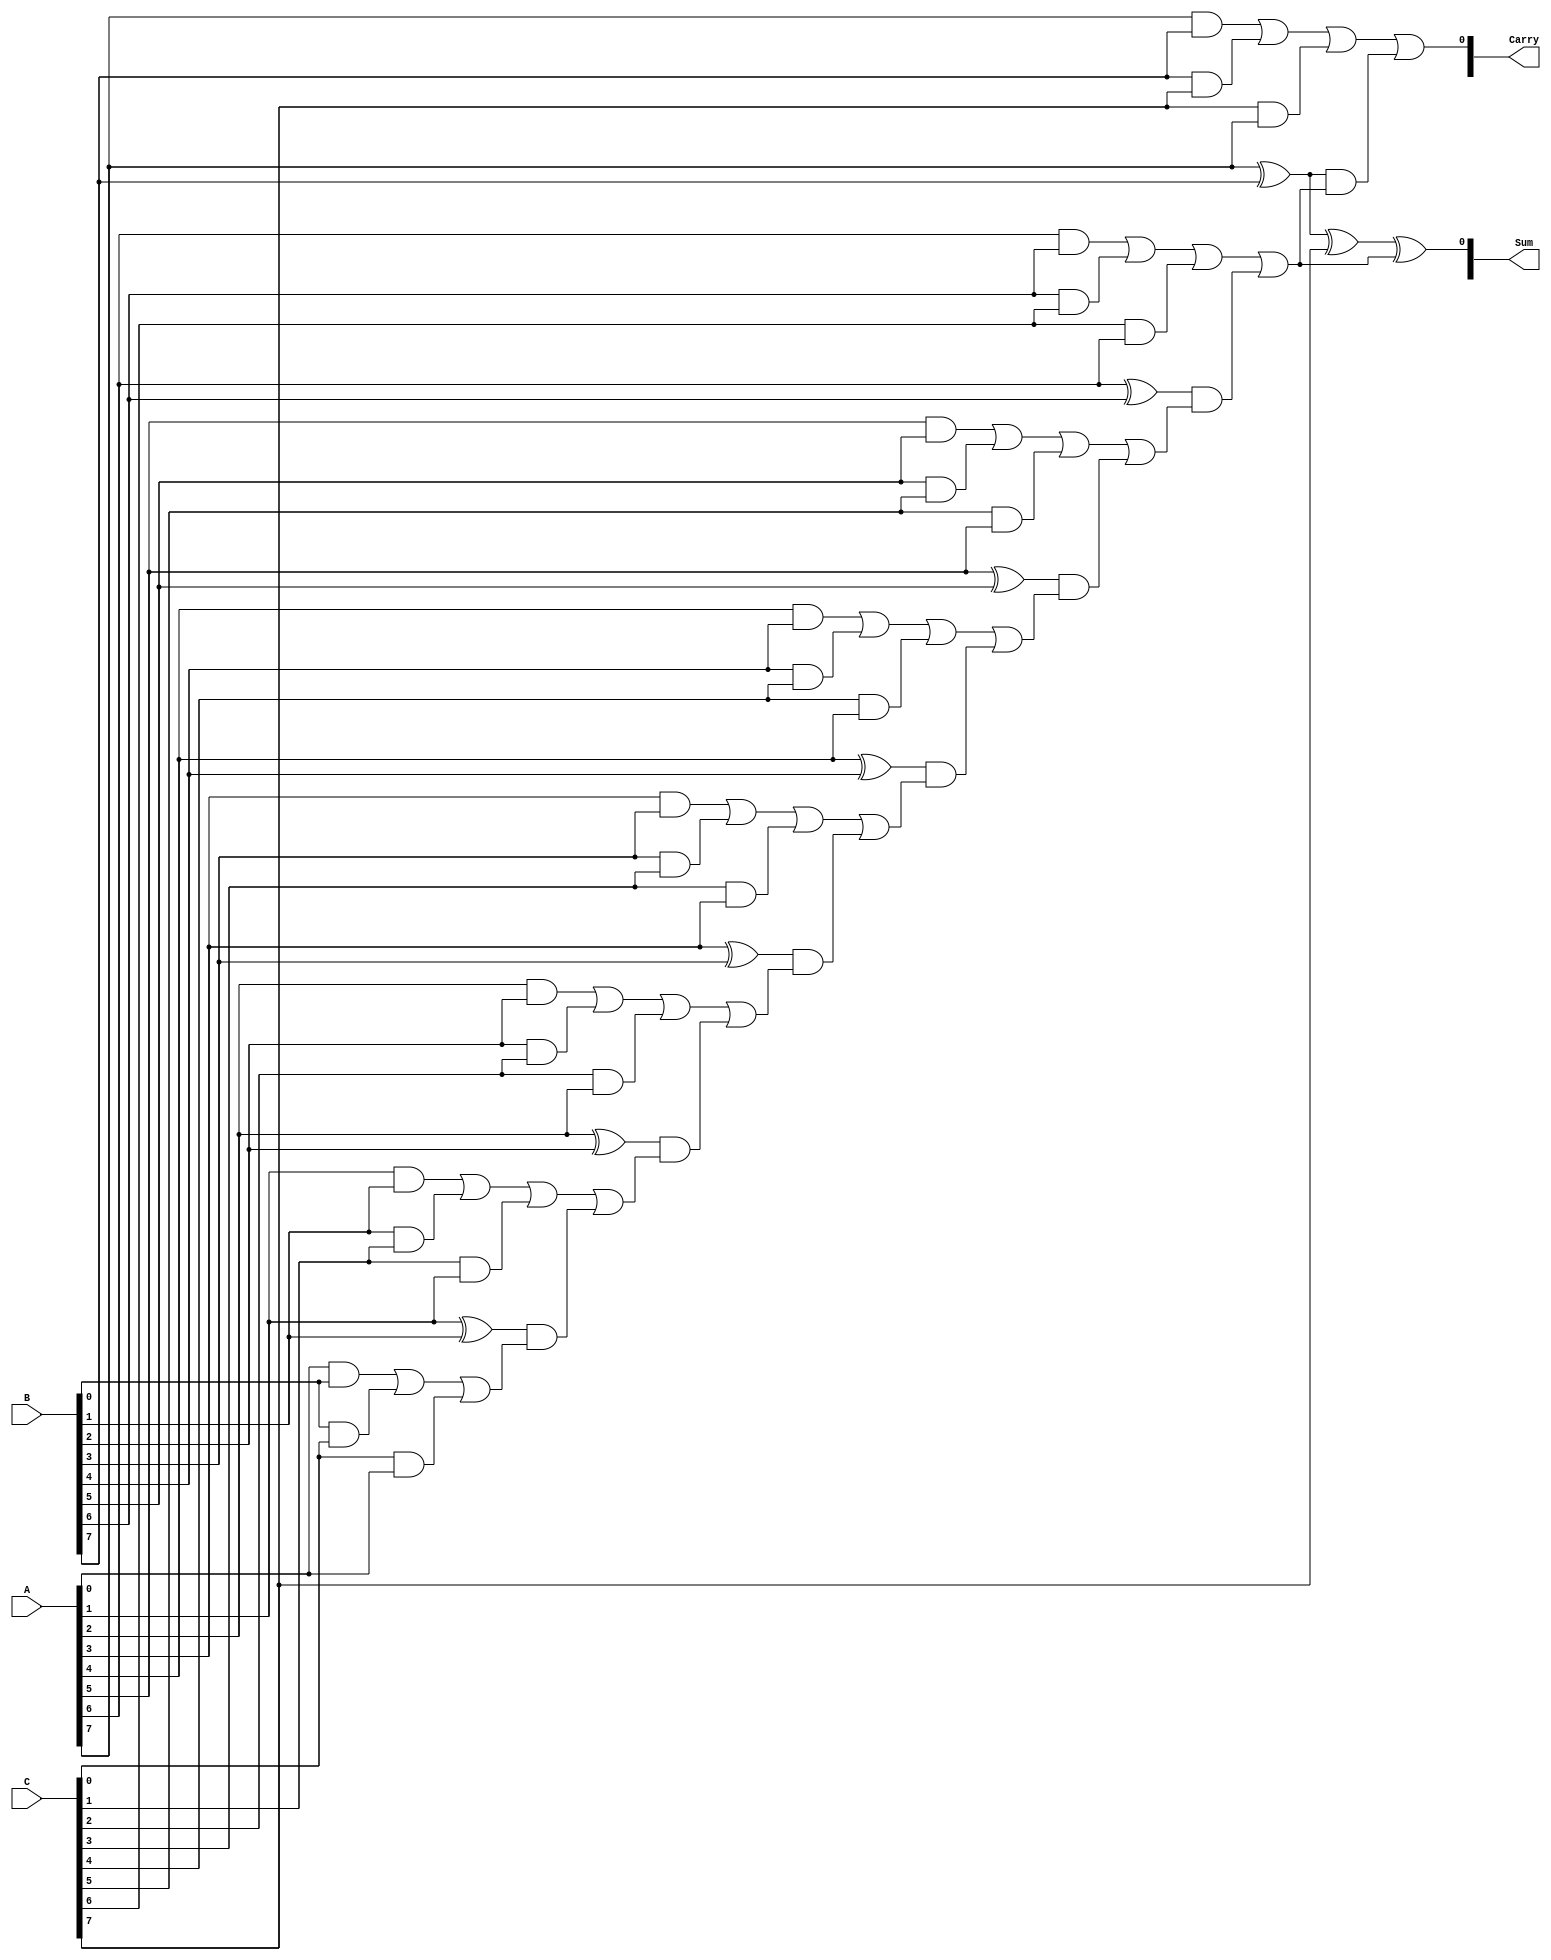
module CarrySaveAdder #(parameter n = 8) (
    input  [n-1:0] A,      // First input vector
    input  [n-1:0] B,      // Second input vector
    input  [n-1:0] C,      // Third input vector
    output [n:0] Sum,      // Final sum output (n bits + carry out)
    output [n-1:0] Carry    // Carry output vector
);

    wire [n-1:0] S [0:n-1]; // Sum outputs from each full adder
    wire [n-1:0] Co [0:n-1]; // Carry outputs from each full adder

    // Full adder logic
    genvar i;
    generate
        for (i = 0; i < n; i = i + 1) begin : full_adder_array
            if (i == 0) begin
                // For the first stage, no carry input
                assign S[i][0] = A[i] ^ B[i] ^ C[i]; // Sum
                assign Co[i][0] = (A[i] & B[i]) | (B[i] & C[i]) | (C[i] & A[i]); // Carry
            end else begin
                // For subsequent stages, use the carry from the previous stage
                assign S[i][0] = A[i] ^ B[i] ^ C[i] ^ Co[i-1][0]; // Sum
                assign Co[i][0] = (A[i] & B[i]) | (B[i] & C[i]) | (C[i] & A[i]) | 
                                  ((A[i] ^ B[i]) & Co[i-1][0]); // Carry
            end
        end
    endgenerate

    // Final sum and carry outputs
    assign Sum = {Co[n-1][0], S[n-1]}; // Final sum includes the carry out
    assign Carry = Co[n-1];           // Final carry output

endmodule